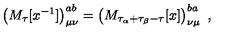
\left( M _ { \tau } [ x ^ { - 1 } ] \right) _ { \mu \nu } ^ { a b } = \left( M _ { \tau _ { \alpha } + \tau _ { \beta } - \tau } [ x ] \right) _ { \nu \mu } ^ { b a } \ ,